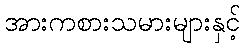
အားကစားသမားများနှင့်